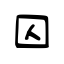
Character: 囚